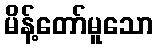
မိန့်တော်မူသော